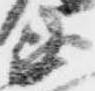
衛